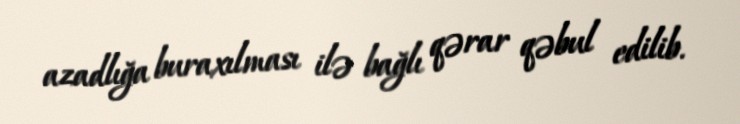
azadlığa buraxılması ilə bağlı qərar qəbul edilib.